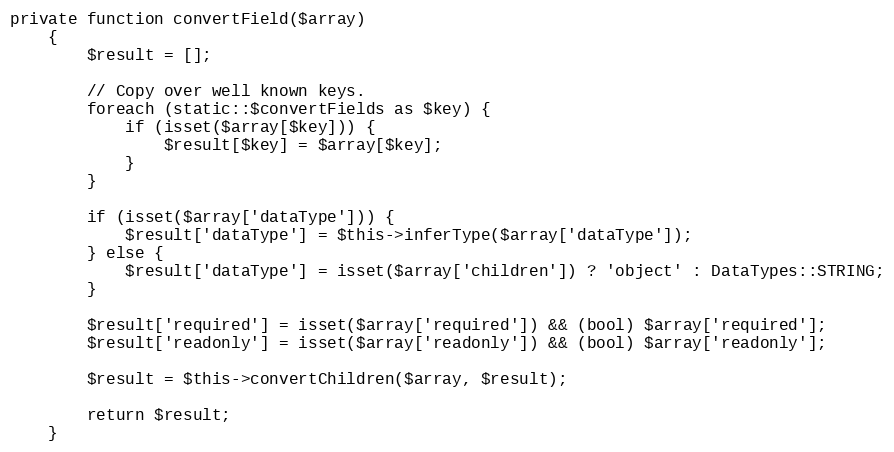
Language: PHP
private function convertField($array)
    {
        $result = [];

        // Copy over well known keys.
        foreach (static::$convertFields as $key) {
            if (isset($array[$key])) {
                $result[$key] = $array[$key];
            }
        }

        if (isset($array['dataType'])) {
            $result['dataType'] = $this->inferType($array['dataType']);
        } else {
            $result['dataType'] = isset($array['children']) ? 'object' : DataTypes::STRING;
        }

        $result['required'] = isset($array['required']) && (bool) $array['required'];
        $result['readonly'] = isset($array['readonly']) && (bool) $array['readonly'];

        $result = $this->convertChildren($array, $result);

        return $result;
    }